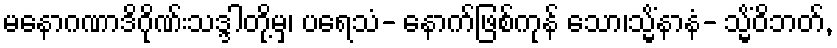
မနောဂဏာဒိဂိုဏ်းသဒ္ဒါတို့မှ၊ ပရေသံ- နောက်ဖြစ်ကုန် သော၊သ္မိံနာနံ- သ္မိံဝိဘတ်,